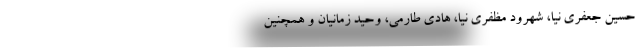
حسین جعفری نیا، شهرود مظفری نیا، هادی طارمی، وحید زمانیان و همچنین